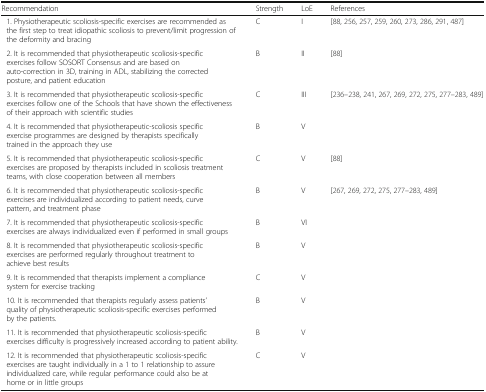
| Recommendation | Strength | LoE | References |
 | --- | --- | --- | --- |
 | 1. Physiotherapeutic scoliosis-specific exercises are recommended as the first step to treat idiopathic scoliosis to prevent/limit progression of the deformity and bracing | C | I | [88, 256, 257, 259, 260, 273, 286, 291, 487] |
 | 2. It is recommended that physiotherapeutic scoliosis-specific exercises follow SOSORT Consensus and are based on auto-correction in 3D, training in ADL, stabilizing the corrected posture, and patient education | B | II | [88] |
 | 3. It is recommended that physiotherapeutic scoliosis-specific exercises follow one of the Schools that have shown the effectiveness of their approach with scientific studies | C | III | [236–238, 241, 267, 269, 272, 275, 277–283, 489] |
 | 4. It is recommended that physiotherapeutic-scoliosis specific exercise programmes are designed by therapists specifically trained in the approach they use | B | V |  |
 | 5. It is recommended that physiotherapeutic scoliosis-specific exercises are proposed by therapists included in scoliosis treatment teams, with close cooperation between all members | C | V | [88] |
 | 6. It is recommended that physiotherapeutic scoliosis-specific exercises are individualized according to patient needs, curve pattern, and treatment phase | B | V | [267, 269, 272, 275, 277–283, 489] |
 | 7. It is recommended that physiotherapeutic scoliosis-specific exercises are always individualized even if performed in small groups | B | VI |  |
 | 8. It is recommended that physiotherapeutic scoliosis-specific exercises are performed regularly throughout treatment to achieve best results | B | V |  |
 | 9. It is recommended that therapists implement a compliance system for exercise tracking | C | V |  |
 | 10. It is recommended that therapists regularly assess patients’ quality of physiotherapeutic scoliosis-specific exercises performed by the patients. | B | V |  |
 | 11. It is recommended that physiotherapeutic scoliosis-specific exercises difficulty is progressively increased according to patient ability. | B | V |  |
 | 12. It is recommended that physiotherapeutic scoliosis-specific exercises are taught individually in a 1 to 1 relationship to assure individualized care, while regular performance could also be at home or in little groups | C | V |  |